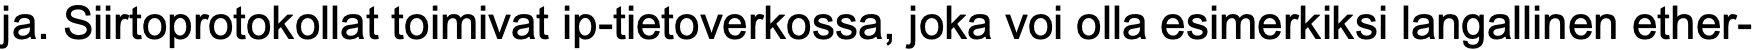
ja. Siirtoprotokollat toimivat ip-tietoverkossa, joka voi olla esimerkiksi langallinen ether-